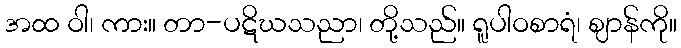
အထ ဝါ၊ ကား။ တာ-ပဋိဃသညာ၊ တို့သည်။ ရူပါဝစာရံ၊ ဈာန်ကို။